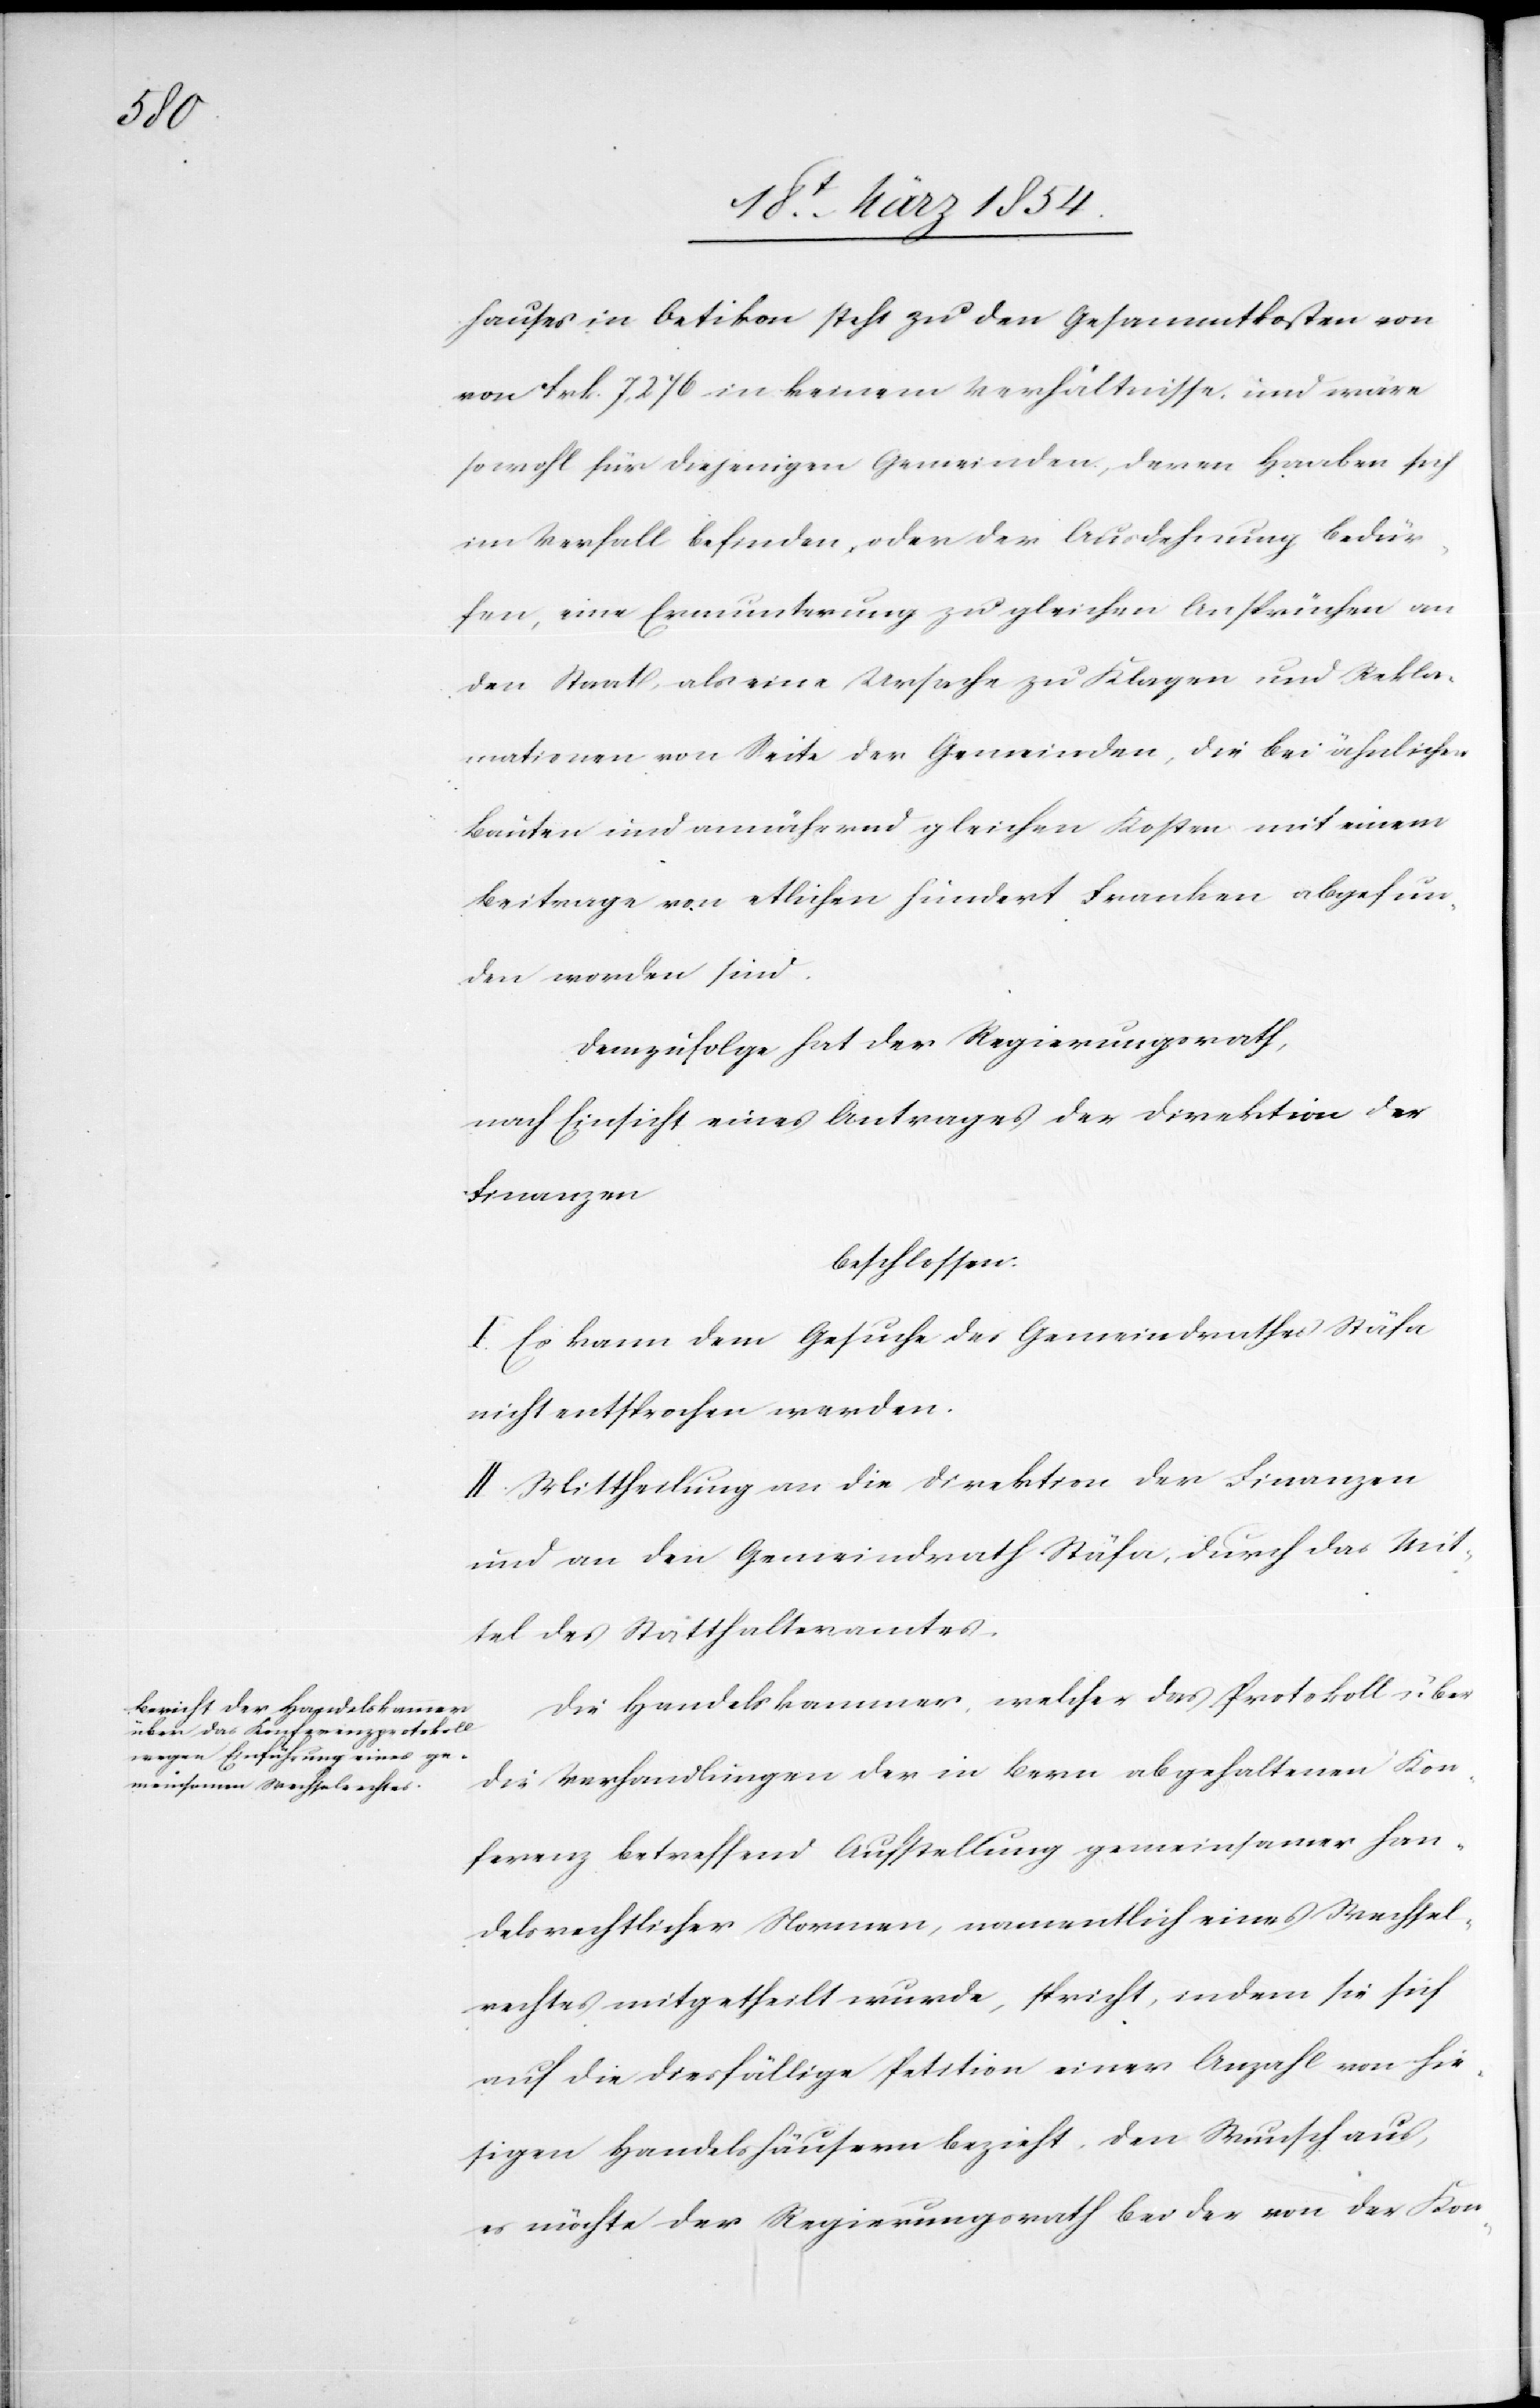
hauses in Oetikon steht zu den Gesammtkosten von
[sic!] Frk. 7,276 in keinem Verhältnisse, und wäre
sowohl für diejenigen Gemeinden, deren Haaben sich
im Verfall befinde, oder der Ausdehnung bedür¬
fen, eine Ermunterung zu gleichen Ansprüchen an
den Staat, als eine Ursache zu Klagen und Rekla¬
mationen von Seite der Gemeinden, die bei ähnlichen
Bauten und annähernd gleichen Kosten mit einem
Beitrage von etlichen hundert Franken abgefun¬
den worden sind.
Demzufolge hat der Regierungsrath,
nach Einsicht eines Antrages der Direktion der
Finanzen
beschlossen:
I. Es kann dem Gesuche des Gemeindrathes Stäfa
nicht entsprochen werden.
II. Mittheilung an die Direktion der Finanzen
und an den Gemeindrath Stäfa, durch das Mit¬
tel des Statthalteramtes.
Die Handelskammer, welcher das Protokoll über
die Verhandlungen der in Bern abgehaltenen Kon¬
ferenz betreffend Aufstellung gemeinsamer han¬
delsrechtlicher Normen, namentlich eines Wechsel¬
rechtes mitgetheilt wurde, spricht, indem sie sich
auf die diesfällige Petition einer Anzahl von hie¬
sigen Handelshäusern bezieht, den Wunsch aus,
es möchte der Regierungsrath bei der von der Kon-